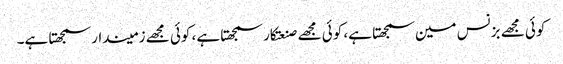
کوئی مجھے بزنس مین سمجھتا ہے، کوئی مجھے صنعتکار سمجھتا ہے، کوئی مجھے زمیندار سمجھتا ہے۔